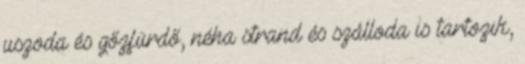
uszoda és gőzfürdő, néha strand és szálloda is tartozik,